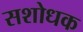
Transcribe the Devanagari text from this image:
सशोधक